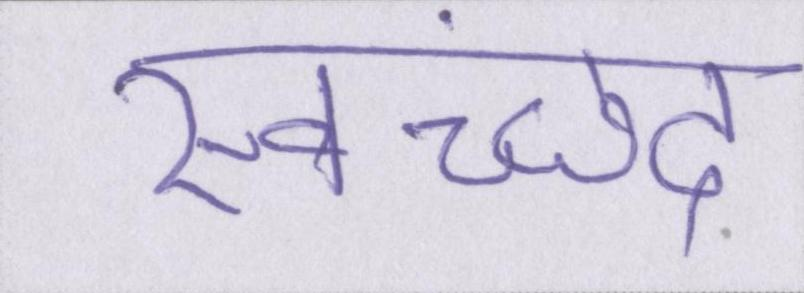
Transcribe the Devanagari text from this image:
स्वच्छंद